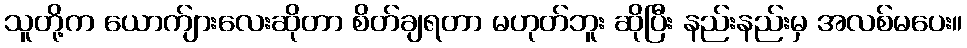
သူတို့က ယောက်ျားလေးဆိုတာ စိတ်ချရတာ မဟုတ်ဘူး ဆိုပြီး နည်းနည်းမှ အလစ်မပေး။